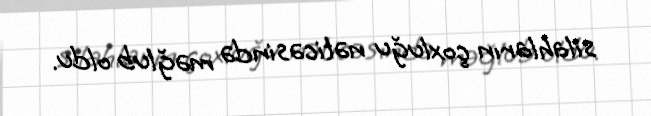
silahların çoxluğu nəticəsində məğlub oldu.